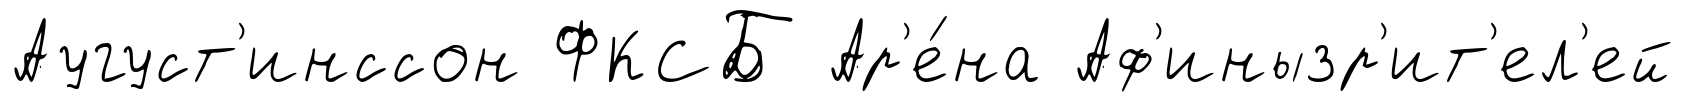
Аугуст'инссон ФКСБ Ар'е́на Аф'инызр'ит'ел'ей